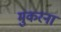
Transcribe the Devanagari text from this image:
मुकरना